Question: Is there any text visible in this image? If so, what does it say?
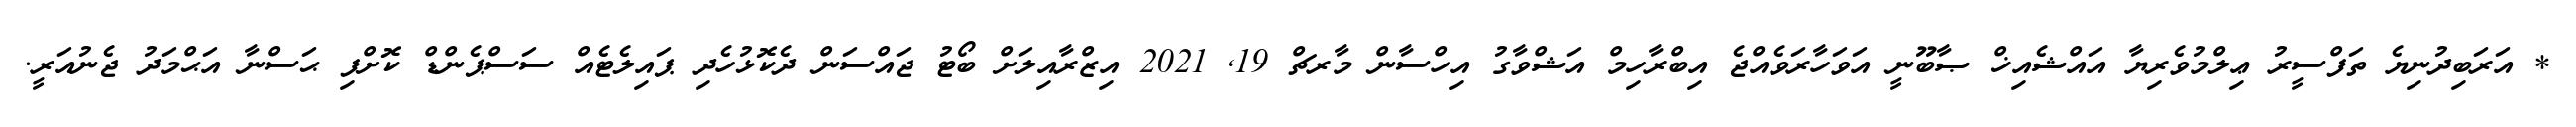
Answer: * އަރަބިދުނިޔެ ތަފްސީރު ޢިލްމުވެރިޔާ އައްޝެއިޚް ޞާބޫނީ އަވަހާރަވެއްޖެ އިބްރާހިމް އަޝްވާގު އިހްސާން މާރޗް 19, 2021 އިޒްރާއިލަށް ބޯޓު ޖައްސަން ދެކޮޅުހެދި ޕައިލެޓެއް ސަސްޕެންޑް ކޮށްފި ޙަސްނާ އަޙްމަދު ޖެނުއަރީ.